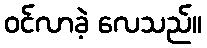
ဝင်လာခဲ့ လေသည်။